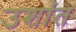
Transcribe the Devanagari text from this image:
उशांत